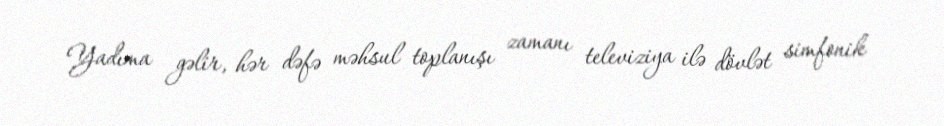
Yadıma gəlir, hər dəfə məhsul toplanışı zamanı televiziya ilə dövlət simfonik